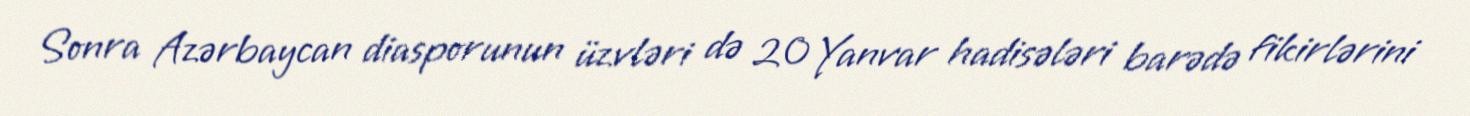
Sonra Azərbaycan diasporunun üzvləri də 20 Yanvar hadisələri barədə fikirlərini